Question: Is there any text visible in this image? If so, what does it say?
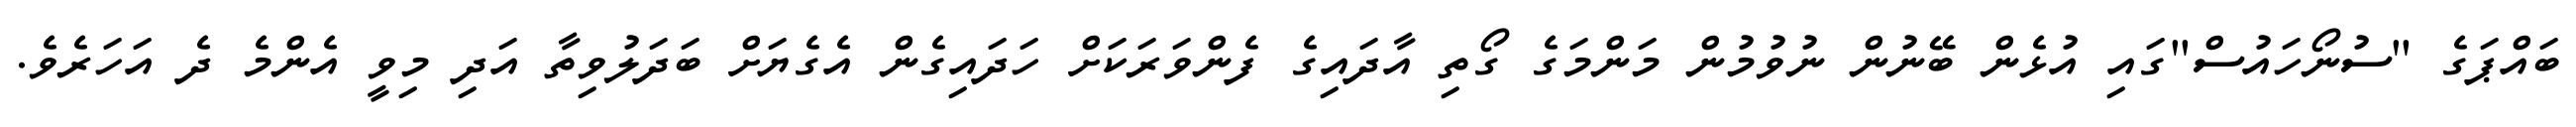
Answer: ބައްޕަގެ "ސުނޯހައުސް"ގައި އުޅެން ބޭނުން ނުވުމުން މަންމަގެ ގޯތި އާދައިގެ ފެންވަރަކަށް ހަދައިގެން އެގެޔަށް ބަދަލުވިތާ އަދި މިވީ އެންމެ ދެ އަހަރެވެ.